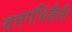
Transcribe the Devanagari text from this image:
वत्तगंधिशैली